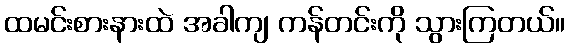
ထမင်းစားနားထဲ အခါကျ ကန်တင်းကို သွားကြတယ်။